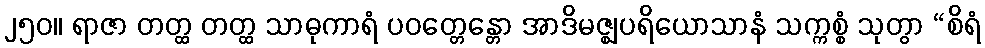
၂၅၀။ ရာဇာ တတ္ထ တတ္ထ သာဓုကာရံ ပဝတ္တေန္တော အာဒိမဇ္ဈပရိယောသာနံ သက္ကစ္စံ သုတွာ “စိရံ